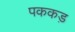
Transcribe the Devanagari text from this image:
पककड़